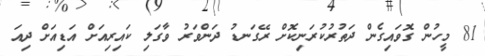
81 މީހުން ގޮވައިގެން ދަތުރުކުރަނިކޮށް ރޭގަނޑު ދަންވަރު ވާގަލި ކައިރިއަށް އަޑިއަށް ދިއަ